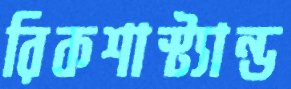
রিকশাস্ট্যান্ড